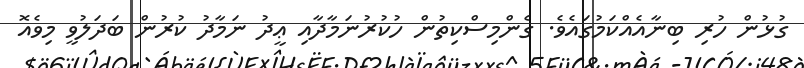
ގުޅުން ހުރި ބިނާއެއްކަމުގައެވެ. ގެންމިސްކިތުން ހުކުރުނަމާދާއި ޢީދު ނަމާދު ކުރުން ބަދަލުވީ މިވެއޮ